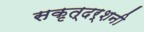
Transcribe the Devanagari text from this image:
सकृत्‌दर्शनी